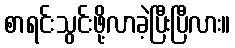
စာရင်းသွင်းဖို့လာခဲ့ပြီးပြီလား။